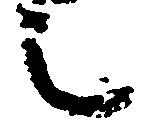
之